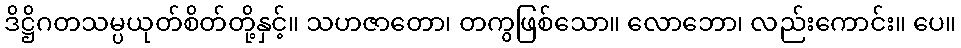
ဒိဋ္ဌိဂတသမ္ပယုတ်စိတ်တို့နှင့်။ သဟဇာတော၊ တကွဖြစ်သော။ လောဘော၊ လည်းကောင်း။ ပေ။